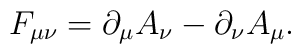
F_{\mu\nu}=\partial_\mu A_\nu-\partial_\nu A_\mu.